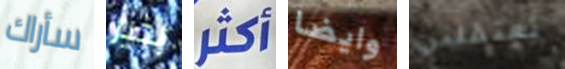
سأراك بخير أكثر وايضا تعتقلني